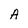
Character: A